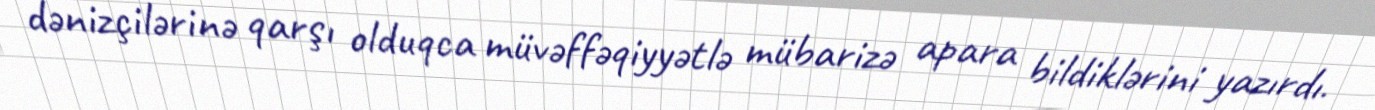
dənizçilərinə qarşı olduqca müvəffəqiyyətlə mübarizə apara bildiklərini yazırdı.